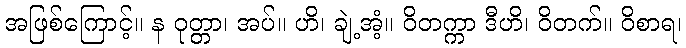
အဖြစ်ကြောင့်။ န ဝုတ္တာ၊ အပ်။ ဟိ၊ ချဲ့အံ့။ ဝိတက္ကာ ဒီဟိ၊ ဝိတက်။ ဝိစာရ၊